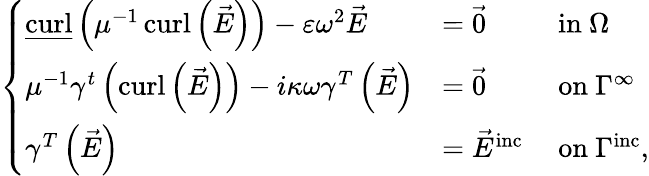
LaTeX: \begin{array}{r}{\left\{ \begin{array}{lll}{\underline{{\operatorname{curl}}}\left(\mu^{-1}\operatorname{curl}\left(\vec{E}\right)\right)-\varepsilon\omega^{2}\vec{E}}&{=\vec{0}}&{\mathrm{~in~}\Omega}\\ {\mu^{-1}\gamma^{t}\left(\operatorname{curl}\left(\vec{E}\right)\right)-i\kappa\omega\gamma^{T}\left(\vec{E}\right)}&{=\vec{0}}&{\mathrm{~on~}\Gamma^{\infty}}\\ {\gamma^{T}\left(\vec{E}\right)}&{=\vec{E}^{\mathrm{inc}}}&{\mathrm{~on~}\Gamma^{\mathrm{inc}},}\end{array}\right.}\end{array}